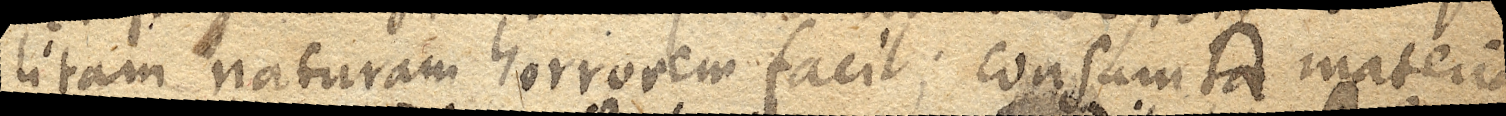
litam naturam horrorem facit; consumta materia